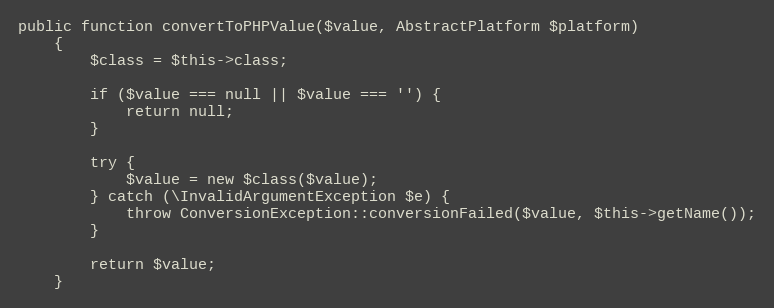
Language: PHP
public function convertToPHPValue($value, AbstractPlatform $platform)
    {
        $class = $this->class;

        if ($value === null || $value === '') {
            return null;
        }

        try {
            $value = new $class($value);
        } catch (\InvalidArgumentException $e) {
            throw ConversionException::conversionFailed($value, $this->getName());
        }

        return $value;
    }